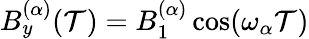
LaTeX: B_{y}^{(\alpha)}(\mathcal{T})=B_{1}^{(\alpha)}\cos(\omega_{\alpha}\mathcal{T})